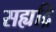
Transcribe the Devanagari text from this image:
सह्यद्रि